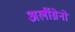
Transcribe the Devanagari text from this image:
अर्लीग्रेनो